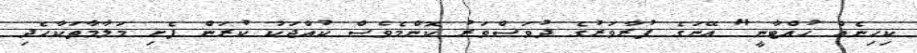
ކިހިނެއް ހުއްޓާނީ" އޭނަގެ ފުރާވަރުގެ ދުވަސްވަރު ކޮންމެވެސް ކުއްޖަކު ކުރަން ފެށި މަލާމާތަކާހެދި